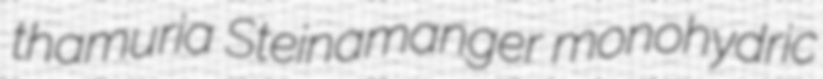
thamuria Steinamanger monohydric